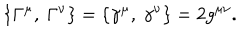
LaTeX: \{ \Gamma ^ { \mu } , ~ \Gamma ^ { \nu } \} = \{ \gamma ^ { \mu } , ~ \gamma ^ { \nu } \} = 2 g ^ { \mu \nu } .